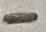
Text: -